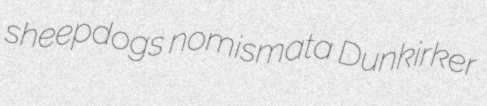
sheepdogs nomismata Dunkirker